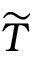
\widetilde T